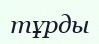
тұрды